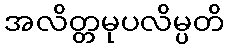
အလိတ္တမုပလိမ္ပတိ